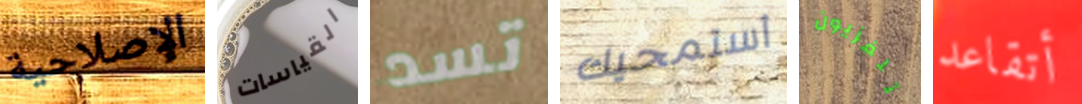
الإصلاحية القياسات تسد أستمحيك تلفزيون أتقاعد